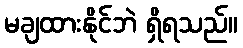
မချထားနိုင်ဘဲ ရှိရသည်။